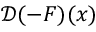
\mathcal { D } ( - \boldsymbol { F } ) ( \boldsymbol { x } )